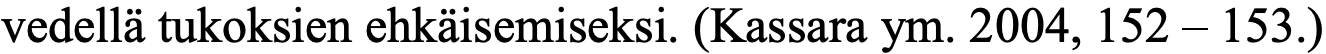
vedellä tukoksien ehkäisemiseksi. (Kassara ym. 2004, 152 – 153.)